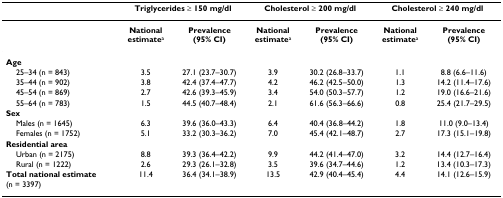
<table><thead><tr><td></td><td colspan="2"><b>Triglycerides ≥ 150 mg/dl</b></td><td colspan="2"><b>Cholesterol ≥ 200 mg/dl</b></td><td colspan="2"><b>Cholesterol ≥ 240 mg/dl</b></td></tr></thead><tbody><tr><td></td><td><b>National </b><b>estimate</b><sup>a</sup></td><td><b>Prevalence</b><b>(95% CI)</b></td><td><b>National </b><b>estimate</b><sup>a</sup></td><td><b>Prevalence</b><b>(95% CI)</b></td><td><b>National </b><b>estimate</b><sup>a</sup></td><td><b>Prevalence</b><b>(95% CI)</b></td></tr><tr><td><b>Age</b></td><td></td><td></td><td></td><td></td><td></td><td></td></tr><tr><td> 25–34 (n = 843)</td><td>3.5</td><td>27.1 (23.7–30.7)</td><td>3.9</td><td>30.2 (26.8–33.7)</td><td>1.1</td><td>8.8 (6.6–11.6)</td></tr><tr><td> 35–44 (n = 902)</td><td>3.8</td><td>42.4 (37.4–47.7)</td><td>4.2</td><td>46.2 (42.5–50.0)</td><td>1.3</td><td>14.2 (11.4–17.6)</td></tr><tr><td> 45–54 (n = 869)</td><td>2.7</td><td>42.6 (39.3–45.9)</td><td>3.4</td><td>54.0 (50.3–57.7)</td><td>1.2</td><td>19.0 (16.6–21.6)</td></tr><tr><td> 55–64 (n = 783)</td><td>1.5</td><td>44.5 (40.7–48.4)</td><td>2.1</td><td>61.6 (56.3–66.6)</td><td>0.8</td><td>25.4 (21.7–29.5)</td></tr><tr><td><b>Sex</b></td><td></td><td></td><td></td><td></td><td></td><td></td></tr><tr><td> Males (n = 1645)</td><td>6.3</td><td>39.6 (36.0–43.3)</td><td>6.4</td><td>40.4 (36.8–44.2)</td><td>1.8</td><td>11.0 (9.0–13.4)</td></tr><tr><td> Females (n = 1752)</td><td>5.1</td><td>33.2 (30.3–36.2)</td><td>7.0</td><td>45.4 (42.1–48.7)</td><td>2.7</td><td>17.3 (15.1–19.8)</td></tr><tr><td><b>Residential area</b></td><td></td><td></td><td></td><td></td><td></td><td></td></tr><tr><td> Urban (n = 2175)</td><td>8.8</td><td>39.3 (36.4–42.2)</td><td>9.9</td><td>44.2 (41.4–47.0)</td><td>3.2</td><td>14.4 (12.7–16.4)</td></tr><tr><td> Rural (n = 1222)</td><td>2.6</td><td>29.3 (26.1–32.8)</td><td>3.5</td><td>39.6 (34.7–44.6)</td><td>1.2</td><td>13.4 (10.3–17.3)</td></tr><tr><td><b>Total national estimate</b>(n = 3397)</td><td>11.4</td><td>36.4 (34.1–38.9)</td><td>13.5</td><td>42.9 (40.4–45.4)</td><td>4.4</td><td>14.1 (12.6–15.9)</td></tr></tbody></table>